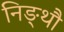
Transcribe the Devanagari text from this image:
निङ्थौ